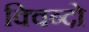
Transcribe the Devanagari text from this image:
क्विब्दो